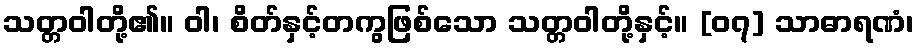
သတ္တဝါတို့၏။ ဝါ၊ စိတ်နှင့်တကွဖြစ်သော သတ္တဝါတို့နှင့်။ [၀၇] သာဓာရဏံ၊